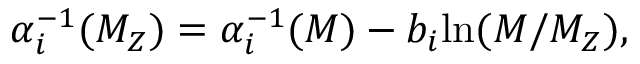
\alpha _ { i } ^ { - 1 } ( M _ { Z } ) = \alpha _ { i } ^ { - 1 } ( M ) - b _ { i } \mathrm { l n } ( M / M _ { Z } ) ,